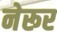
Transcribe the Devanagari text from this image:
नेरूर